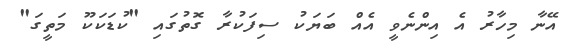
އޭނާ މިހާރު އެ އިންނެވީ އެއް ބަޔަކު ސިފަކުރާ ގޮތުގައި "ކުޑަކަކޫ މަތީގަ"